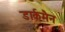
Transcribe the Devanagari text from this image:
डार्कमैन